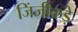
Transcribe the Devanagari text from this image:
जिंजीकड़े